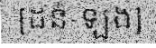
[ដន់-ឡង]